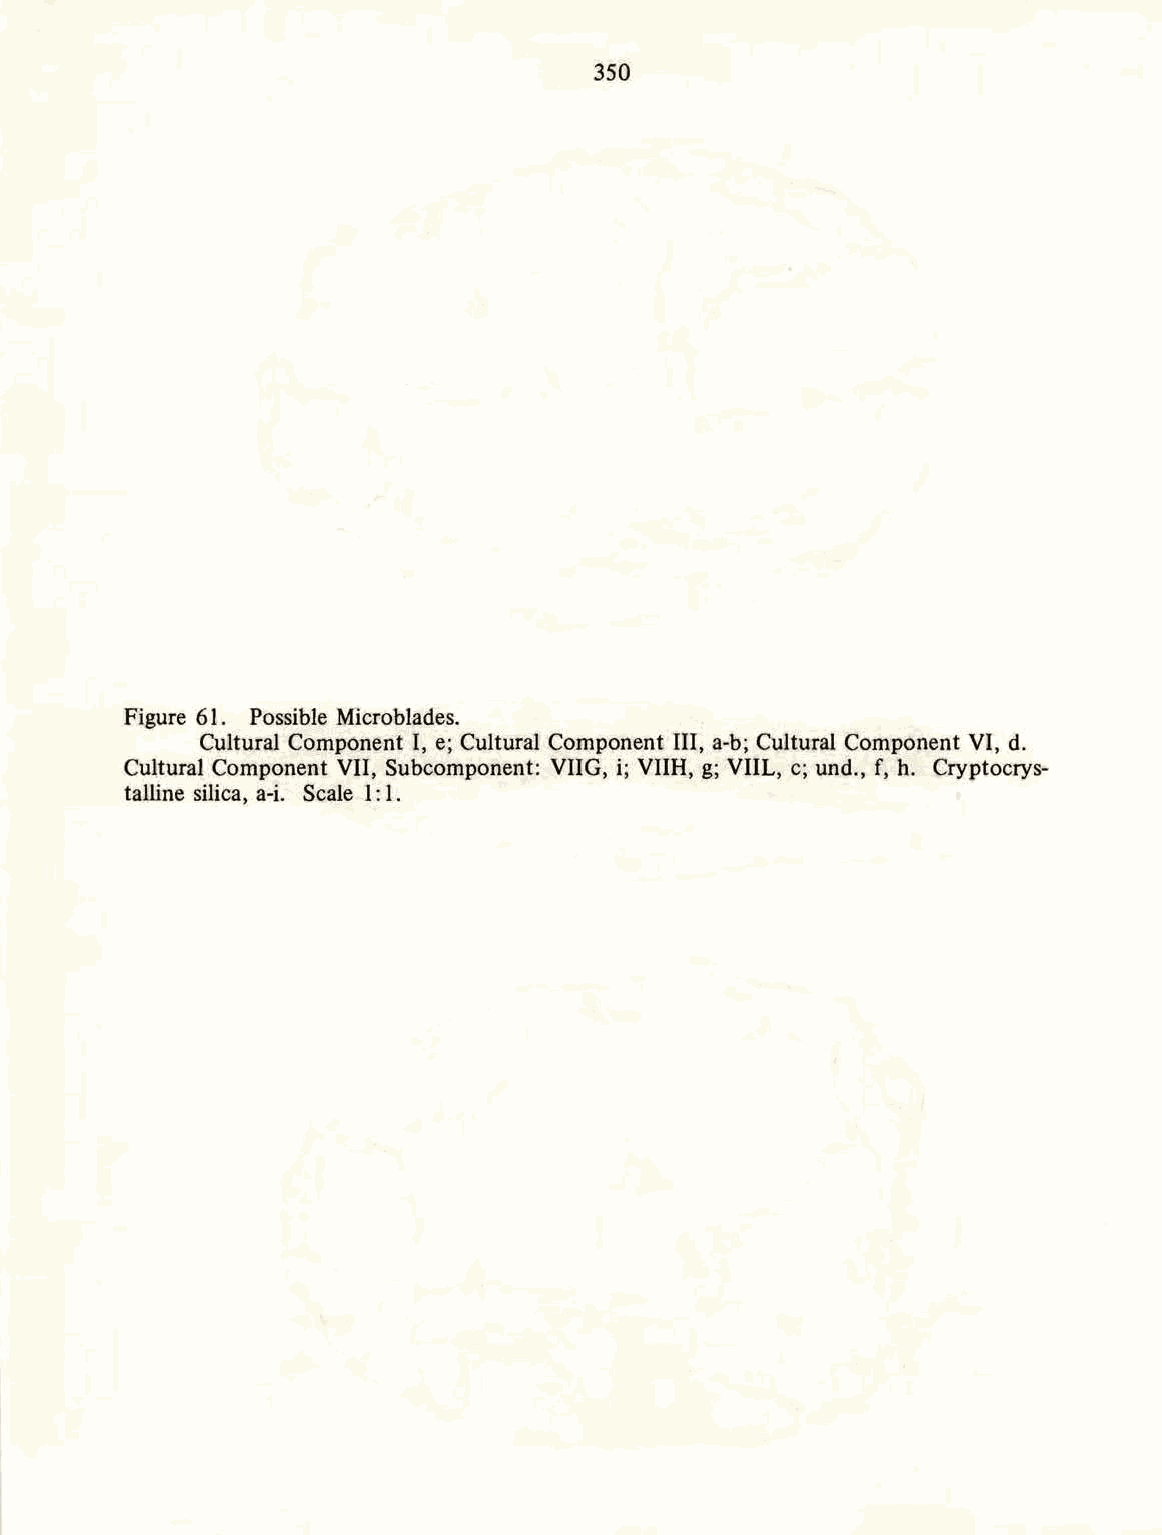
350
 Figure 61. Possible Microblades.
 Cultural Component I, e; Cultural Component UI, a-b; Cultural Component VI, d.
 Cultural Component VII, Subcomponent: VIIG, i; VIIH, g; VIIL, c; und., f, h. Cryptocrys-
 talline silica, a-i. Scale 1: 1.